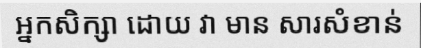
អ្នកសិក្សា ដោយ វា មាន សារសំខាន់